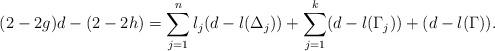
LaTeX: \begin{align*}(2-2g)d-(2-2h)=\sum_{j=1}^{n}l_j(d-l(\Delta_j))+\sum_{j=1}^{k}(d-l(\Gamma_j))+(d-l(\Gamma)).\end{align*}